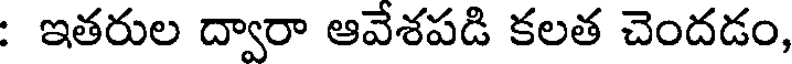
: ఇతరుల ద్వారా ఆవేశపడి కలత చెందడం,